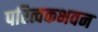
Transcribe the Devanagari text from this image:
परित्वकभवन